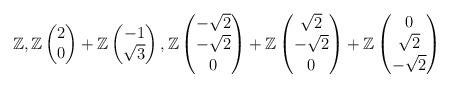
LaTeX: \begin{align*}\mathbb{Z}, \mathbb{Z} \begin{pmatrix} 2 \\ 0 \end{pmatrix} +\mathbb{Z} \begin{pmatrix} -1 \\ \sqrt{3}\end{pmatrix}, \mathbb{Z} \begin{pmatrix} -\sqrt{2} \\ -\sqrt{2} \\ 0 \end{pmatrix} +\mathbb{Z} \begin{pmatrix} \sqrt{2} \\ -\sqrt{2} \\ 0 \end{pmatrix} +\mathbb{Z} \begin{pmatrix} 0 \\ \sqrt{2} \\ -\sqrt{2} \end{pmatrix}\end{align*}